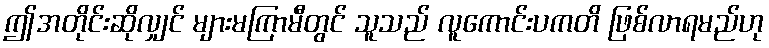
ဤအတိုင်းဆိုလျှင် များမကြာမီတွင် သူသည် လူကောင်းပကတိ ဖြစ်လာရမည်ဟု